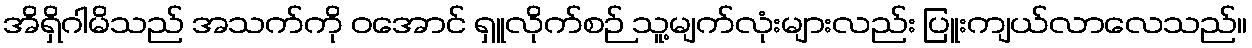
အိရှိဂါမိသည် အသက်ကို ဝအောင် ရှူလိုက်စဉ် သူ့မျက်လုံးများလည်း ပြူးကျယ်လာလေသည်။